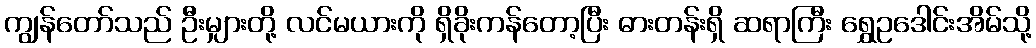
ကျွန်တော်သည် ဦးမျှားတို့ လင်မယားကို ရှိခိုးကန်တော့ပြီး ဓားတန်းရှိ ဆရာကြီး ရွှေဥဒေါင်းအိမ်သို့